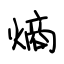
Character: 熵